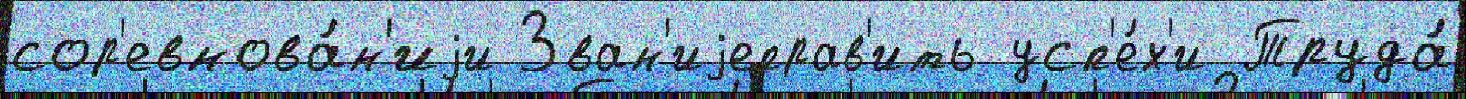
сор'евнова́н'иjи Зван'иjеправ'ить усп'е́х'и Труда́